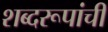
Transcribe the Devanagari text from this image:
शब्दरूपांची